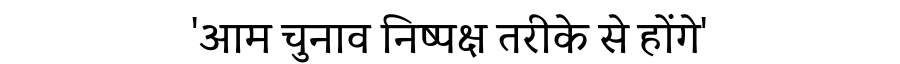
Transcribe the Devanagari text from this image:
'आम चुनाव निष्पक्ष तरीके से होंगे'